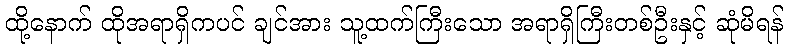
ထို့နောက် ထိုအရာရှိကပင် ချင်အား သူ့ထက်ကြီးသော အရာရှိကြီးတစ်ဦးနှင့် ဆုံမိရန်